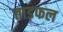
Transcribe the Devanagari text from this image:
ताड़फल